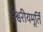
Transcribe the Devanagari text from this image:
ईश्वरीयमूर्ति